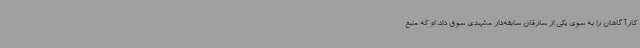
کارآگاهان را به سوی یکی از سارقان سابقه‌دار مشهدی سوق داد. او که منبع